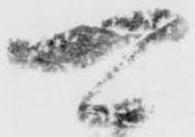
可